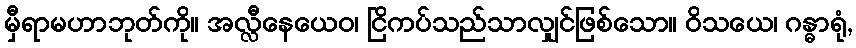
မှီရာမဟာဘုတ်ကို။ အလ္လီနေယေဝ၊ ငြိကပ်သည်သာလျှင်ဖြစ်သော။ ဝိသယေ၊ ဂန္ဓာရုံ,